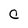
Character: C